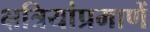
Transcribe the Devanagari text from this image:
क्षत्रियांप्रमाणें